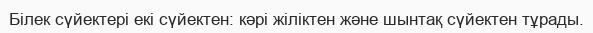
Білек сүйектері екі сүйектен: кәрі жіліктен және шынтақ сүйектен тұрады.